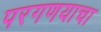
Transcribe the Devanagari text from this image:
परगणयाचा